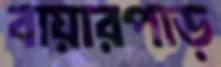
বায়ারপাড়